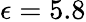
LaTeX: \epsilon=5.8